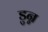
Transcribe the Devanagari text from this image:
डुन्न